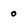
Character: 0